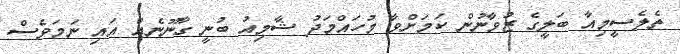
ތެލެސީމިއާ ބަލީގެ ޒުވާނުން ކަމަށްވާ މުހައްމަދު ޝާމިއު ބުނީ ގާނޫނެއް އައި ނަމަވެސް